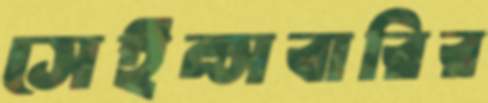
সেইন্সবারির